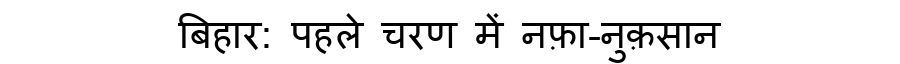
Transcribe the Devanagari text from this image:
बिहार: पहले चरण में नफ़ा-नुक़सान